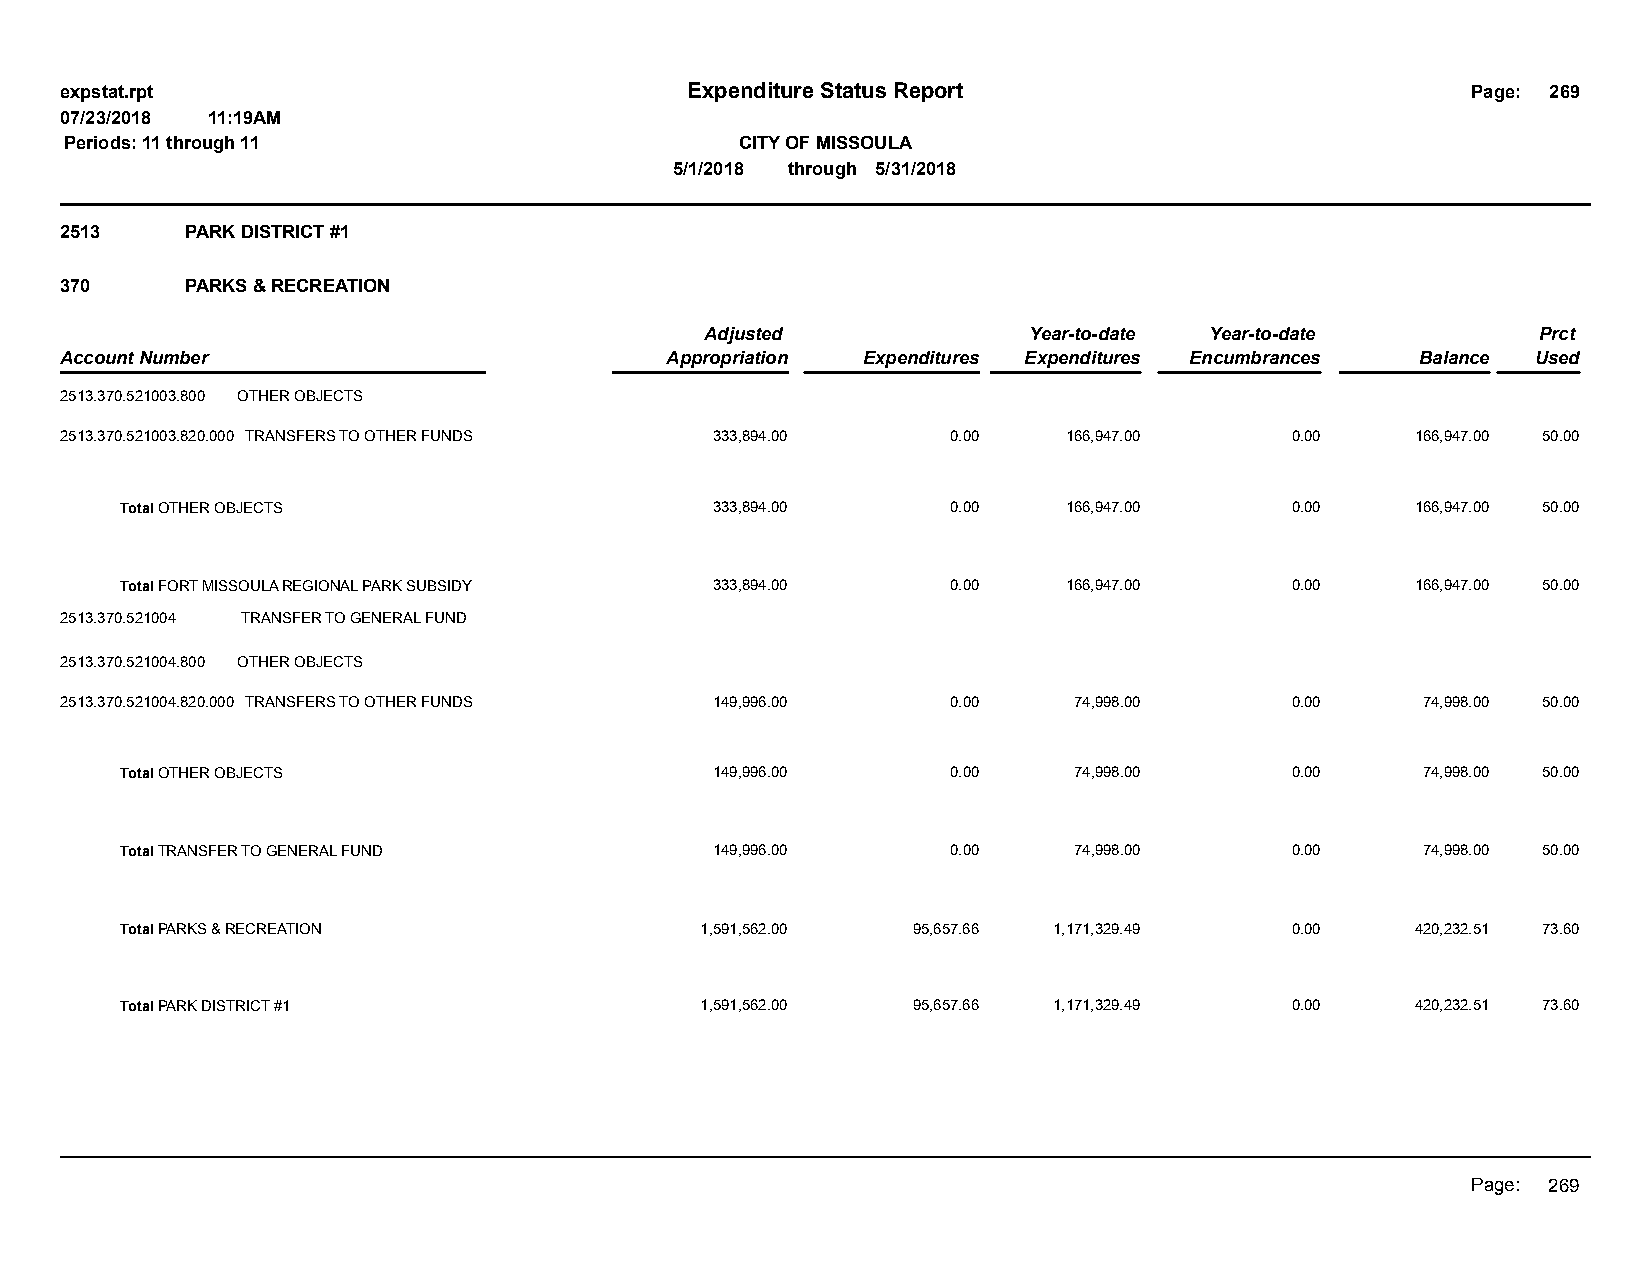
expstat.rpt                              Expenditure Status Report                           Page: 269
 07/23/2018 11:19AM
 Periods: 11 through 11                       CITY OF MISSOULA
 5/1/2018 through 5/31/2018
 2513    PARK DISTRICT #1
 370     PARKS & RECREATION
 Adjusted             Year-to-date Year-to-date         Prct
 Account Number                          Appropriation Expenditures Expenditures Encumbrances Balance Used
 2513.370.521003.800 OTHER OBJECTS
 2513.370.521003.820.000 TRANSFERS TO OTHER FUNDS 333,894.00 0.00   166,947.00    0.00     166,947.00 50.00
 Total OTHER OBJECTS                    333,894.00      0.00    166,947.00    0.00     166,947.00 50.00
 Total FORT MISSOULA REGIONAL PARK SUBSIDY 333,894.00   0.00    166,947.00    0.00     166,947.00 50.00
 2513.370.521004 TRANSFER TO GENERAL FUND
 2513.370.521004.800 OTHER OBJECTS
 2513.370.521004.820.000 TRANSFERS TO OTHER FUNDS 149,996.00 0.00   74,998.00     0.00     74,998.00 50.00
 Total OTHER OBJECTS                    149,996.00      0.00    74,998.00     0.00     74,998.00 50.00
 Total TRANSFER TO GENERAL FUND         149,996.00      0.00    74,998.00     0.00     74,998.00 50.00
 Total PARKS & RECREATION              1,591,562.00  95,657.66 1,171,329.49   0.00     420,232.51 73.60
 Total PARK DISTRICT #1                1,591,562.00  95,657.66 1,171,329.49   0.00     420,232.51 73.60
 Page: 269